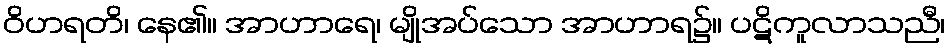
ဝိဟရတိ၊ နေ၏။ အာဟာရေ၊ မျိုအပ်သော အာဟာရ၌။ ပဋိကူလာသညီ၊